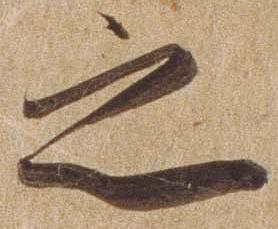
之